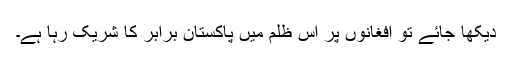
دیکھا جائے تو افغانوں پر اس ظلم میں پاکستان برابر کا شریک رہا ہے۔